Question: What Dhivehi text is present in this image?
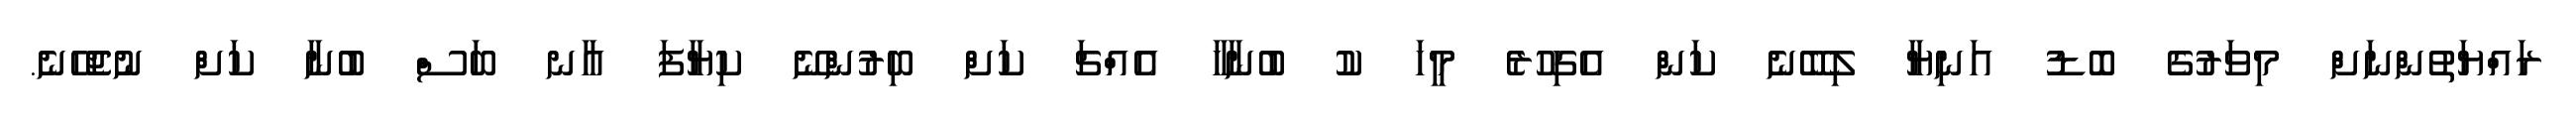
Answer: ރައްޔަތުންނަށް މިވަރުގެ ބޮޑު އަނިޔާ ލިބޭނެ ކަން އެގިހުރެ މީހަ ކު ބުނާހާ އެއްޗަ ކަށް ބިރުންނޭ ކިޔާފަ އާނ ބަސް ބުނާ ކަށް ނުޖެހޭނެ.